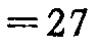
$=27$